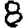
Digit: 8